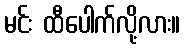
မင်း ထီပေါက်လို့လား။